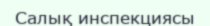
Салық инспекциясы